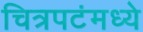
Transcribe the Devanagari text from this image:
चित्रपटंमध्ये